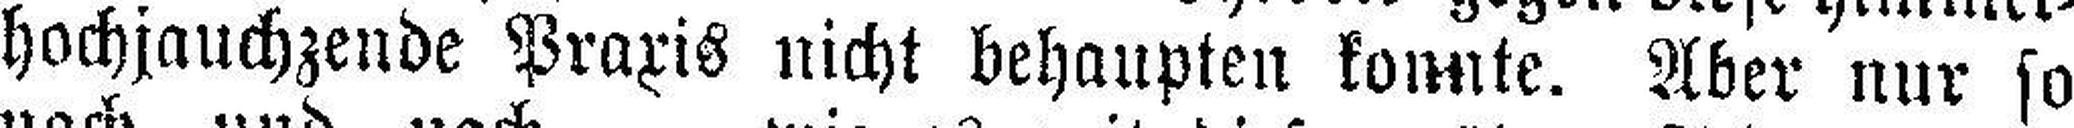
hachjauchzende Praxis nicht behaupten konnte. Aber nur so